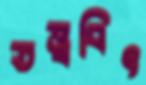
তত্ত্ববিৎ